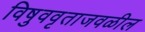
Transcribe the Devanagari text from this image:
विषुववृताजवळील